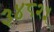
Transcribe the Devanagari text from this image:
३४८२५